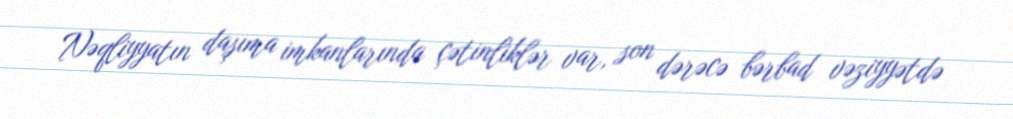
Nəqliyyatın daşıma imkanlarında çətinliklər var, son dərəcə bərbad vəziyyətdə